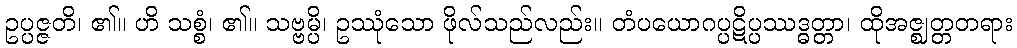
ဥပ္ပဇ္ဇတိ၊ ၏။ ဟိ သစ္စံ၊ ၏။ သဗ္ဗမ္ပိ၊ ဥဿုံသော ဖိုလ်သည်လည်း။ တံပယောဂပ္ပဋိပ္ပဿဒ္ဓတ္တာ၊ ထိုအဇ္ဈတ္တတရား